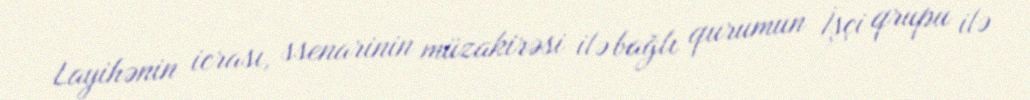
Layihənin icrası, ssenarinin müzakirəsi ilə bağlı qurumun İşçi qrupu ilə